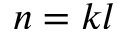
n = k l